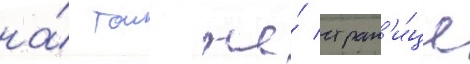
на́ тои же́ стран'и́це